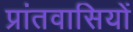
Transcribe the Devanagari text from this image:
प्रांतवासियों